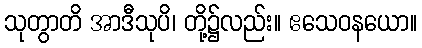
သုတွာတိ အာဒီသုပိ၊ တို့၌လည်း။ ဧသေဝနယော။